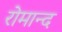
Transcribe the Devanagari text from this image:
रोमान्द